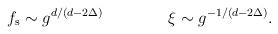
\begin{align*}f_{\rm s} \sim g^{d/(d-2\Delta)} \qquad \qquad\xi \sim g^{-1/(d-2\Delta)}.\end{align*}